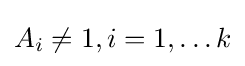
A_{i}\neq 1,i=1,\dots k